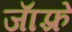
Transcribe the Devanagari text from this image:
जाॅफ़्रे